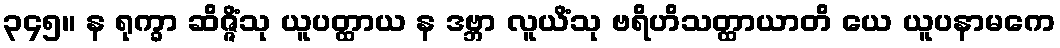
၃၄၅။ န ရုက္ခာ ဆိဇ္ဇိံသု ယူပတ္ထာယ န ဒဗ္ဘာ လူယိံသု ဗရိဟိသတ္ထာယာတိ ယေ ယူပနာမကေ